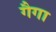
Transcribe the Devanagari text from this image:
गैगा